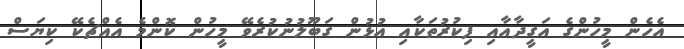
އެހެން މީހުންގެ އަގީދާއާއި ފިކުރުތަކާއި އުޅުން ގަބޫލުނުކުރެވޭ މީހުން ކޮންމެ އެއްޗެކޭ ކިޔަސް